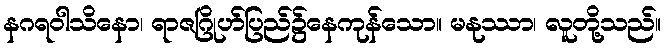
နဂရဝါသိနော၊ ရာဇဂြိုဟ်ပြည်၌နေကုန်သော။ မနုဿာ၊ လူတို့သည်။